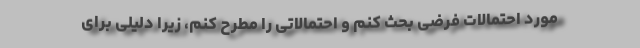
مورد احتمالات فرضی بحث کنم و احتمالاتی را مطرح کنم، زیرا دلیلی برای